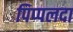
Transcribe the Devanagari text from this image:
पिप्‍पलदा